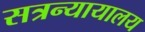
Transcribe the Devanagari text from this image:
सत्रन्यायालय